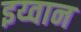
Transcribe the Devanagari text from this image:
इय्वान